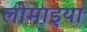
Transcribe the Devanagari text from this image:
लोमाइया